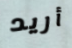
أريد